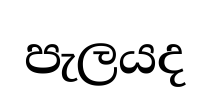
පැලයද